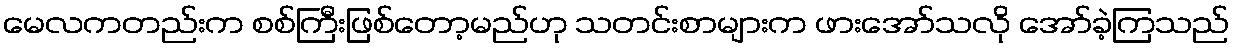
မေလကတည်းက စစ်ကြီးဖြစ်တော့မည်ဟု သတင်းစာများက ဖားအော်သလို အော်ခဲ့ကြသည်